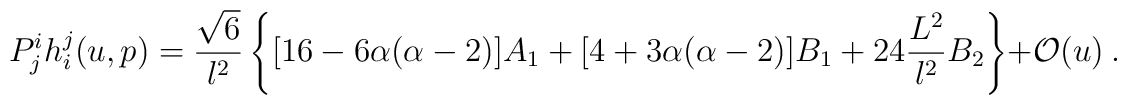
P^i_j h^j_i(u,p) = \frac{\sqrt{6}}{l^2} \left\{ [16-6\alpha(\alpha-2)] A_1  +[4+3\alpha(\alpha-2)] B_1 +24\frac{L^2}{l^2} B_2 \right\} +  \mathcal{O}(u)~.